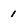
Character: 1